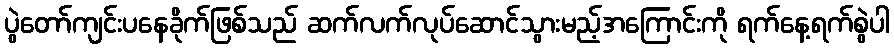
ပွဲတော်ကျင်းပနေခိုက်ဖြစ်သည် ဆက်လက်လုပ်ဆောင်သွားမည့်အကြောင်းကို ရက်နေ့ရက်စွဲပါ